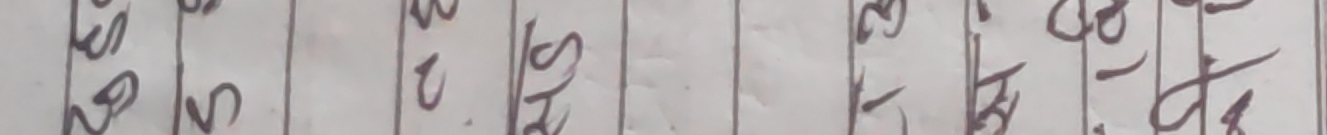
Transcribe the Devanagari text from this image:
२५०
२८/२
३२/२
३४/३